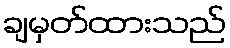
ချမှတ်ထားသည်